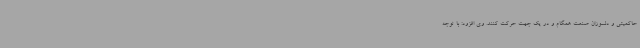
حاکمیتی و دلسوزان صنعت همگام و در یک جهت حرکت کنند. وی افزود: با توجه